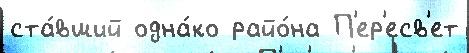
ста́вший одна́ко райо́на П'ер'есв'ет